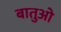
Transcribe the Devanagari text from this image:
बातुओ